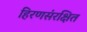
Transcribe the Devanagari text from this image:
हिरणसंरक्षित